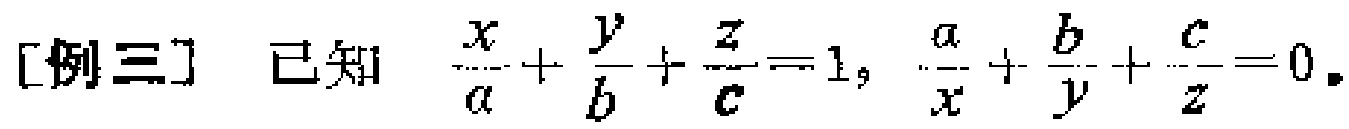
[例三] 已知 $\frac{x}{a}+\frac{y}{b}+\frac{z}{c}=1$, $\frac{a}{x}+\frac{b}{y}+\frac{c}{z}=0$.